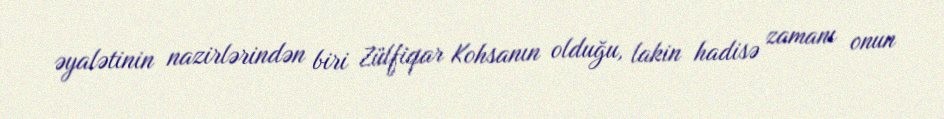
əyalətinin nazirlərindən biri Zülfiqar Kohsanın olduğu, lakin hadisə zamanı onun